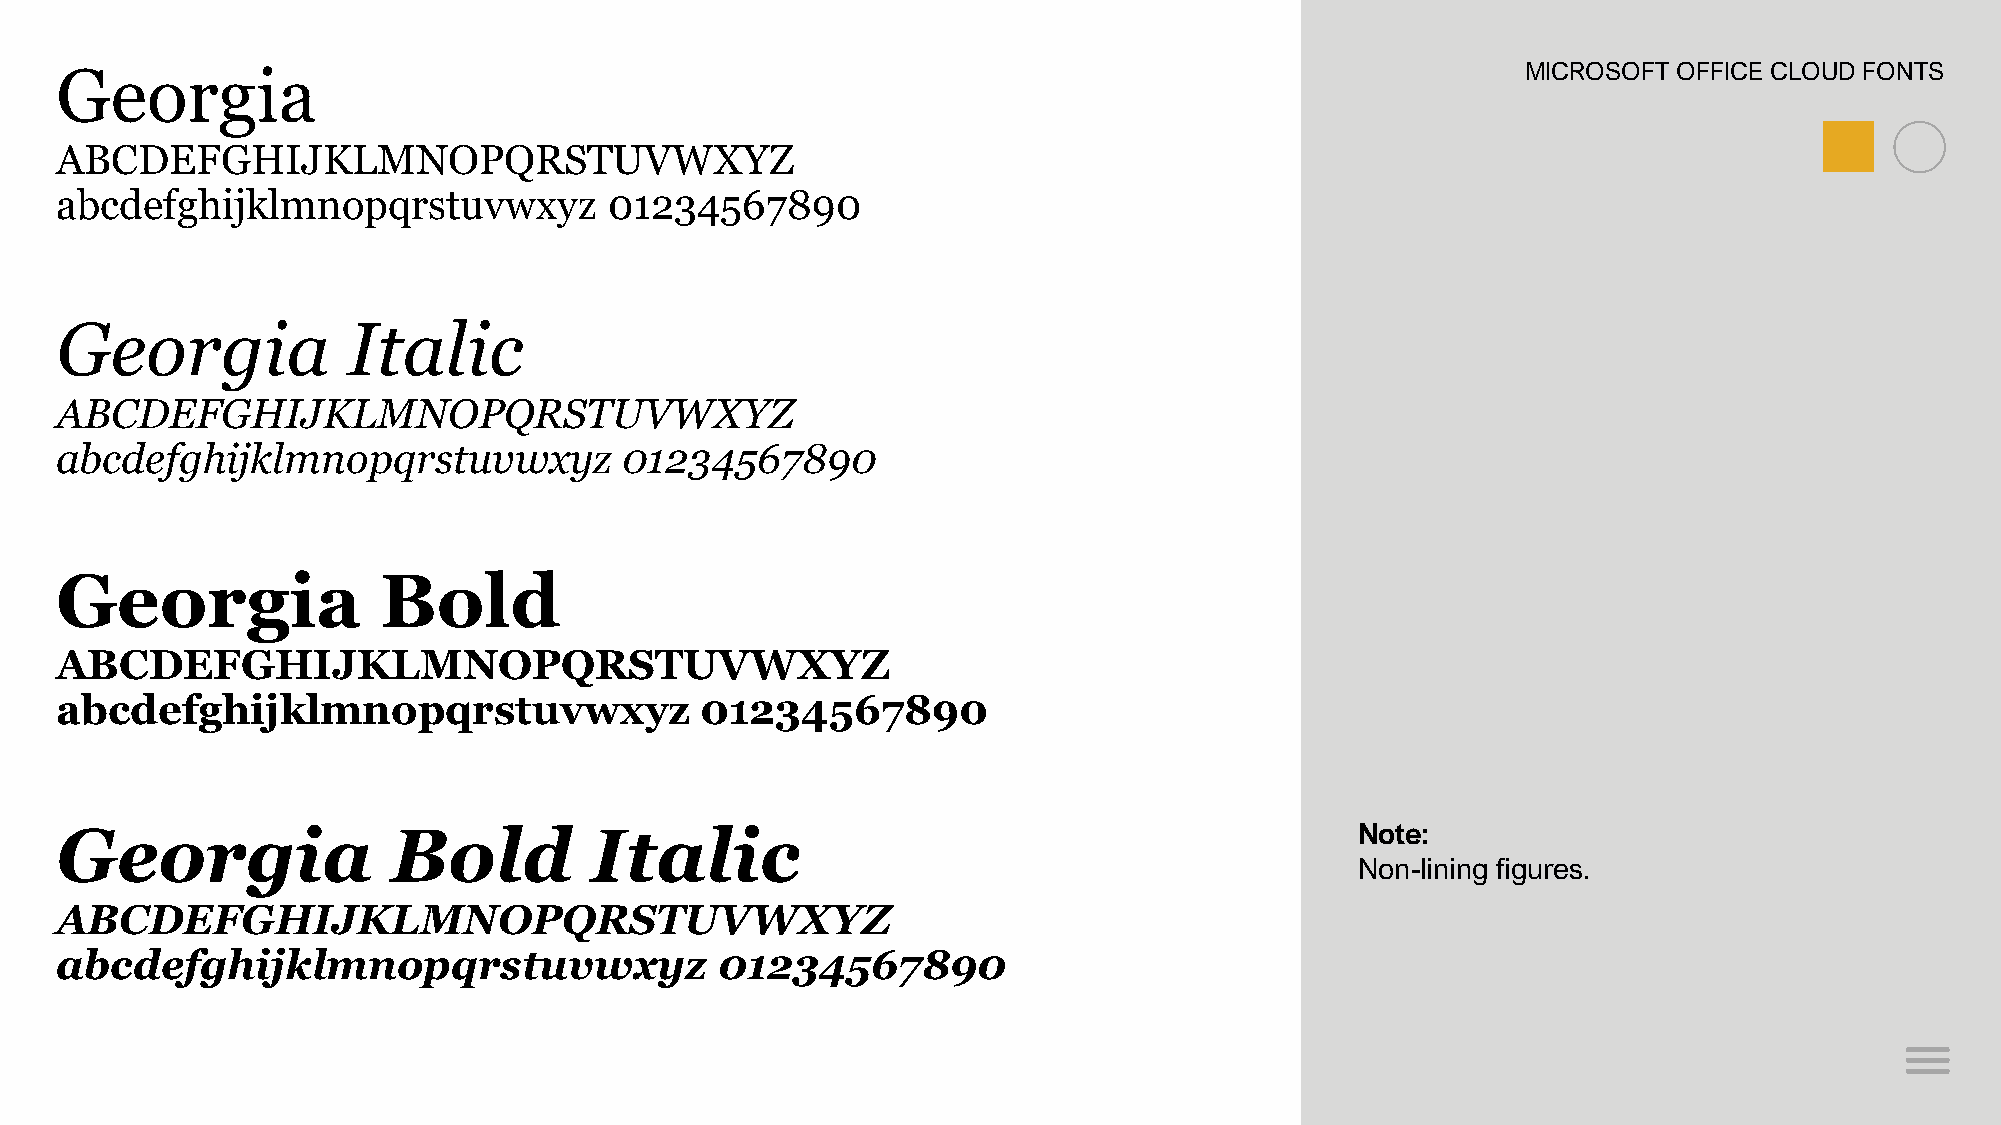
Georgia                                                                                          MICROSOFT OFFICE CLOUD FONTS
 ABCDEFGHIJKLMNOPQRSTUVWXYZ
 abcdefghijklmnopqrstuvwxyz          01234567890
 Georgia            Italic
 ABCDEFGHIJKLMNOPQRSTUVWXYZ
 abcdefghijklmnopqrstuvwxyz           01234567890
 Georgia              Bold
 ABCDEFGHIJKLMNOPQRSTUVWXYZ
 abcdefghijklmnopqrstuvwxyz                01234567890
 Georgia               Bold         Italic                                             Note:
 Non-lining figures.
 ABCDEFGHIJKLMNOPQRSTUVWXYZ
 abcdefghijklmnopqrstuvwxyz                 01234567890